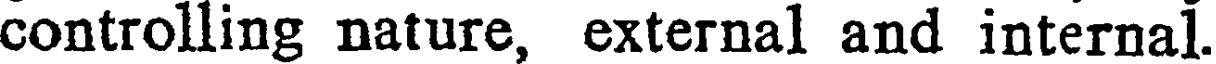
controlling nature, external and internal